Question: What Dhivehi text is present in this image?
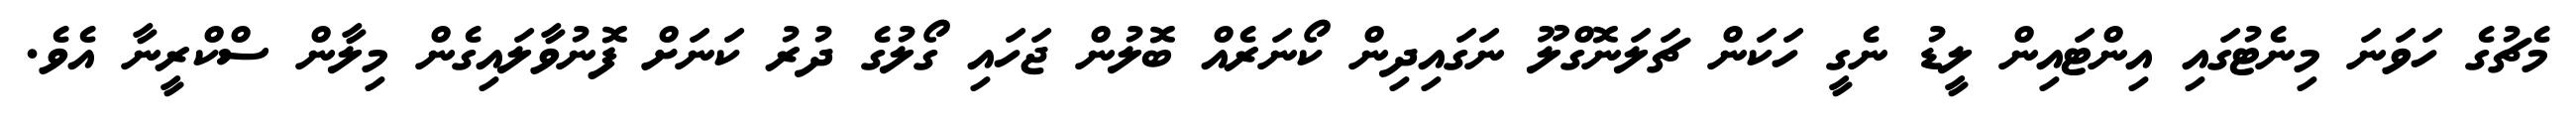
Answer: މެޗުގެ ހަވަނަ މިނެޓުގައި އިންޓައިން ލީޑު ނެގީ ހަކަން ޗަލަނޮގްލޫ ނަގައިދިން ކޯނަރެއް ބޮލުން ޖަހައި ގޯލުގެ ދުރު ކަނަށް ފޮނުވާލައިގެން މިލާން ސްކްރީނާ އެވެ.